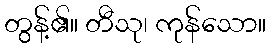
တွန့်၏။ တီသု၊ ကုန်သော။